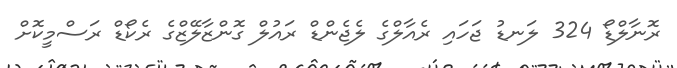
ރޮނާލްޑޯ 324 ލަނޑު ޖަހައި ރެއާލްގެ ލެޖެންޑް ރައުލް ގޮންޒާލޭޒްގެ ރެކޯޑް ރަސްމީކޮށް